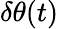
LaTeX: \delta\theta(t)